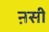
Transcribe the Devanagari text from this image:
ऩसी